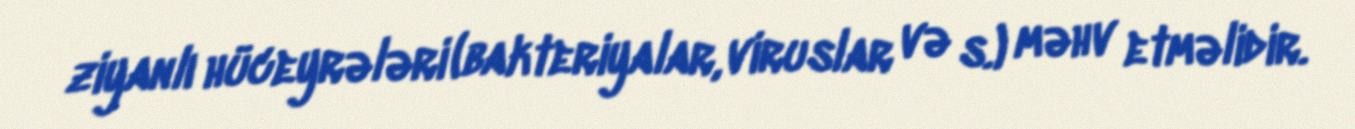
ziyanlı hüceyrələri (bakteriyalar, viruslar və s.) məhv etməlidir.